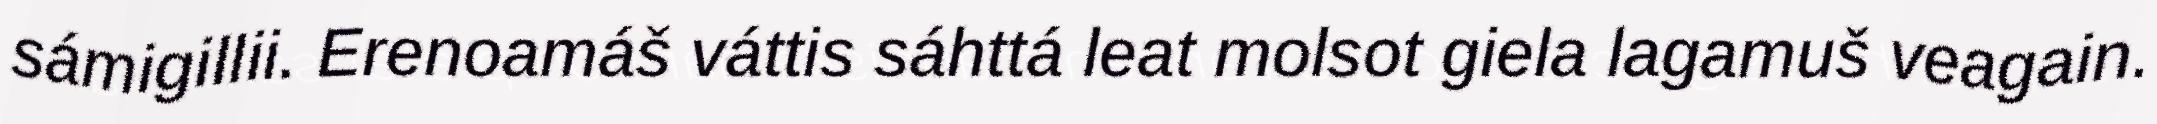
sámigillii. Erenoamáš váttis sáhttá leat molsot giela lagamuš veagain.